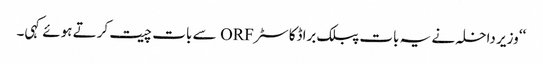
‘‘ وزیر داخلہ نے یہ بات پبلک براڈکاسٹر ORF سے بات چیت کرتے ہوئے کہی۔